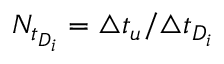
N _ { t _ { D _ { i } } } = \triangle t _ { u } / \triangle t _ { D _ { i } }